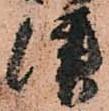
津